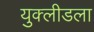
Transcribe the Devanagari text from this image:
युक्लीडला